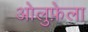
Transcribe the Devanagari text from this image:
ओलुफ़ेला